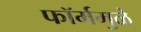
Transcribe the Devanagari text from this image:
फॉर्ममुळे